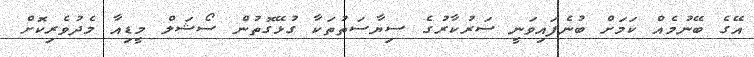
އޭގެ ބޭނުމެއް ކަމަށް ބުނެފައިވަނީ ސަރުކާރުގެ ސިޔާސަތުތަކާ ގުޅޭގޮތުން ސޯޝަލް މީޑިއާ މެދުވެރިކޮށް